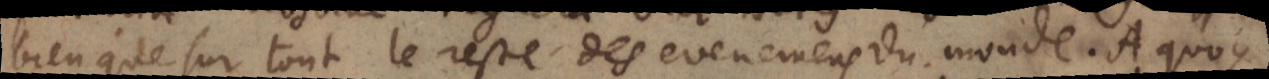
ien que sur tout le reste des evenemens du monde. A quoy